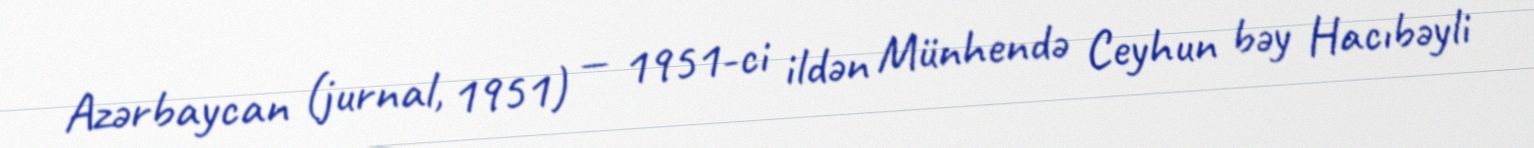
Azərbaycan (jurnal, 1951) — 1951-ci ildən Münhendə Ceyhun bəy Hacıbəyli